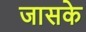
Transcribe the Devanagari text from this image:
जासके